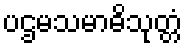
ပဌမသမာဓိသုတ္တံ